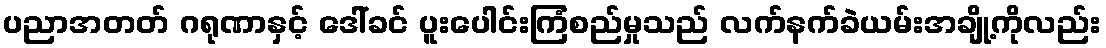
ပညာအတတ် ဂရုဏာနှင့် ဒေါ်ခင် ပူးပေါင်းကြံစည်မှုသည် လက်နက်ခဲယမ်းအချို့ကိုလည်း